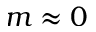
m \approx 0